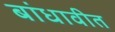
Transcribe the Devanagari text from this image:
बांधावीत